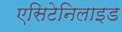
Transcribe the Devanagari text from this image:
एसिटेनिलाइड